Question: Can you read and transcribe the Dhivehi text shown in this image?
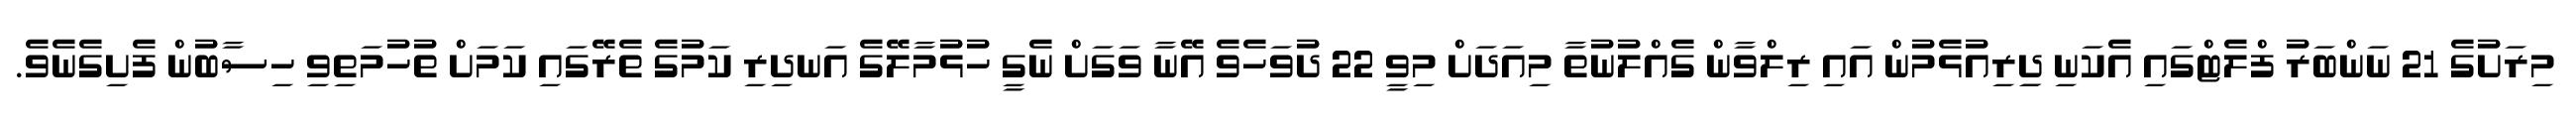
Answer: މިރަށުގެ 21 ނަންބަރު ފްލެޓްގައި އެކަނި ދިިރިއުޅެމުން އައި ރިލްވާން ގެއްލުނުތާ މިއަދަށް މިވީ 22 ދުވަހެވެ އޭނާ ވަގަށް ނެގީ ހުޅުމާލޭގެ އަނދިރި ކަމުގެ ތެރޭގައި ކަމަށް ތުހުމަތިވި ހިސާބުން ފެށިގެނެވެ.